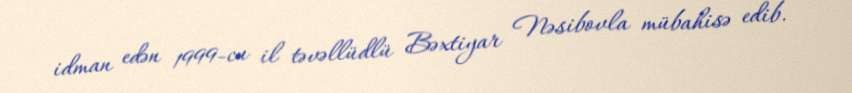
idman edən 1999-cu il təvəllüdlü Bəxtiyar Nəsibovla mübahisə edib.